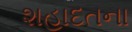
શહાદતના